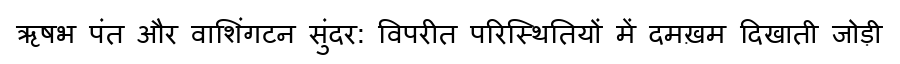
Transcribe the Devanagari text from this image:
ऋषभ पंत और वाशिंगटन सुंदर: विपरीत परिस्थितियों में दमख़म दिखाती जोड़ी